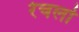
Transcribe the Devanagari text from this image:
रेचर्ला